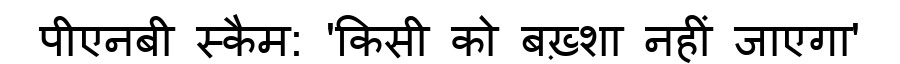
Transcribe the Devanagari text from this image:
पीएनबी स्कैम: 'किसी को बख़्शा नहीं जाएगा'